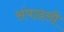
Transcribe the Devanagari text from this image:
संपादली